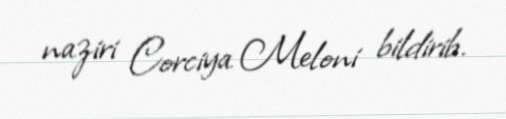
naziri Corciya Meloni bildirib.